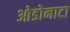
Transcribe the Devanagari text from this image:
ओडोनाटा